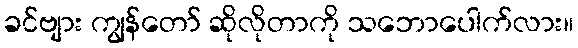
ခင်ဗျား ကျွန်တော် ဆိုလိုတာကို သဘောပေါက်လား။